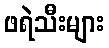
ဖရဲသီးများ